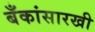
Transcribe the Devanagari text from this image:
बँकांसारखी